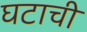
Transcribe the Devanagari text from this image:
घटाची